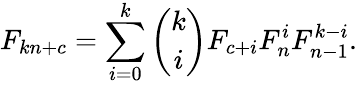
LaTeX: F_{kn+c}=\sum_{i=0}^{k}{\binom{k}{i}}F_{c+i}F_{n}^{i}F_{n-1}^{k-i}.